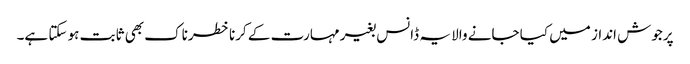
پرجوش انداز میں کیا جانے والا یہ ڈانس بغیر مہارت کے کرنا خطرناک بھی ثابت ہو سکتا ہے۔